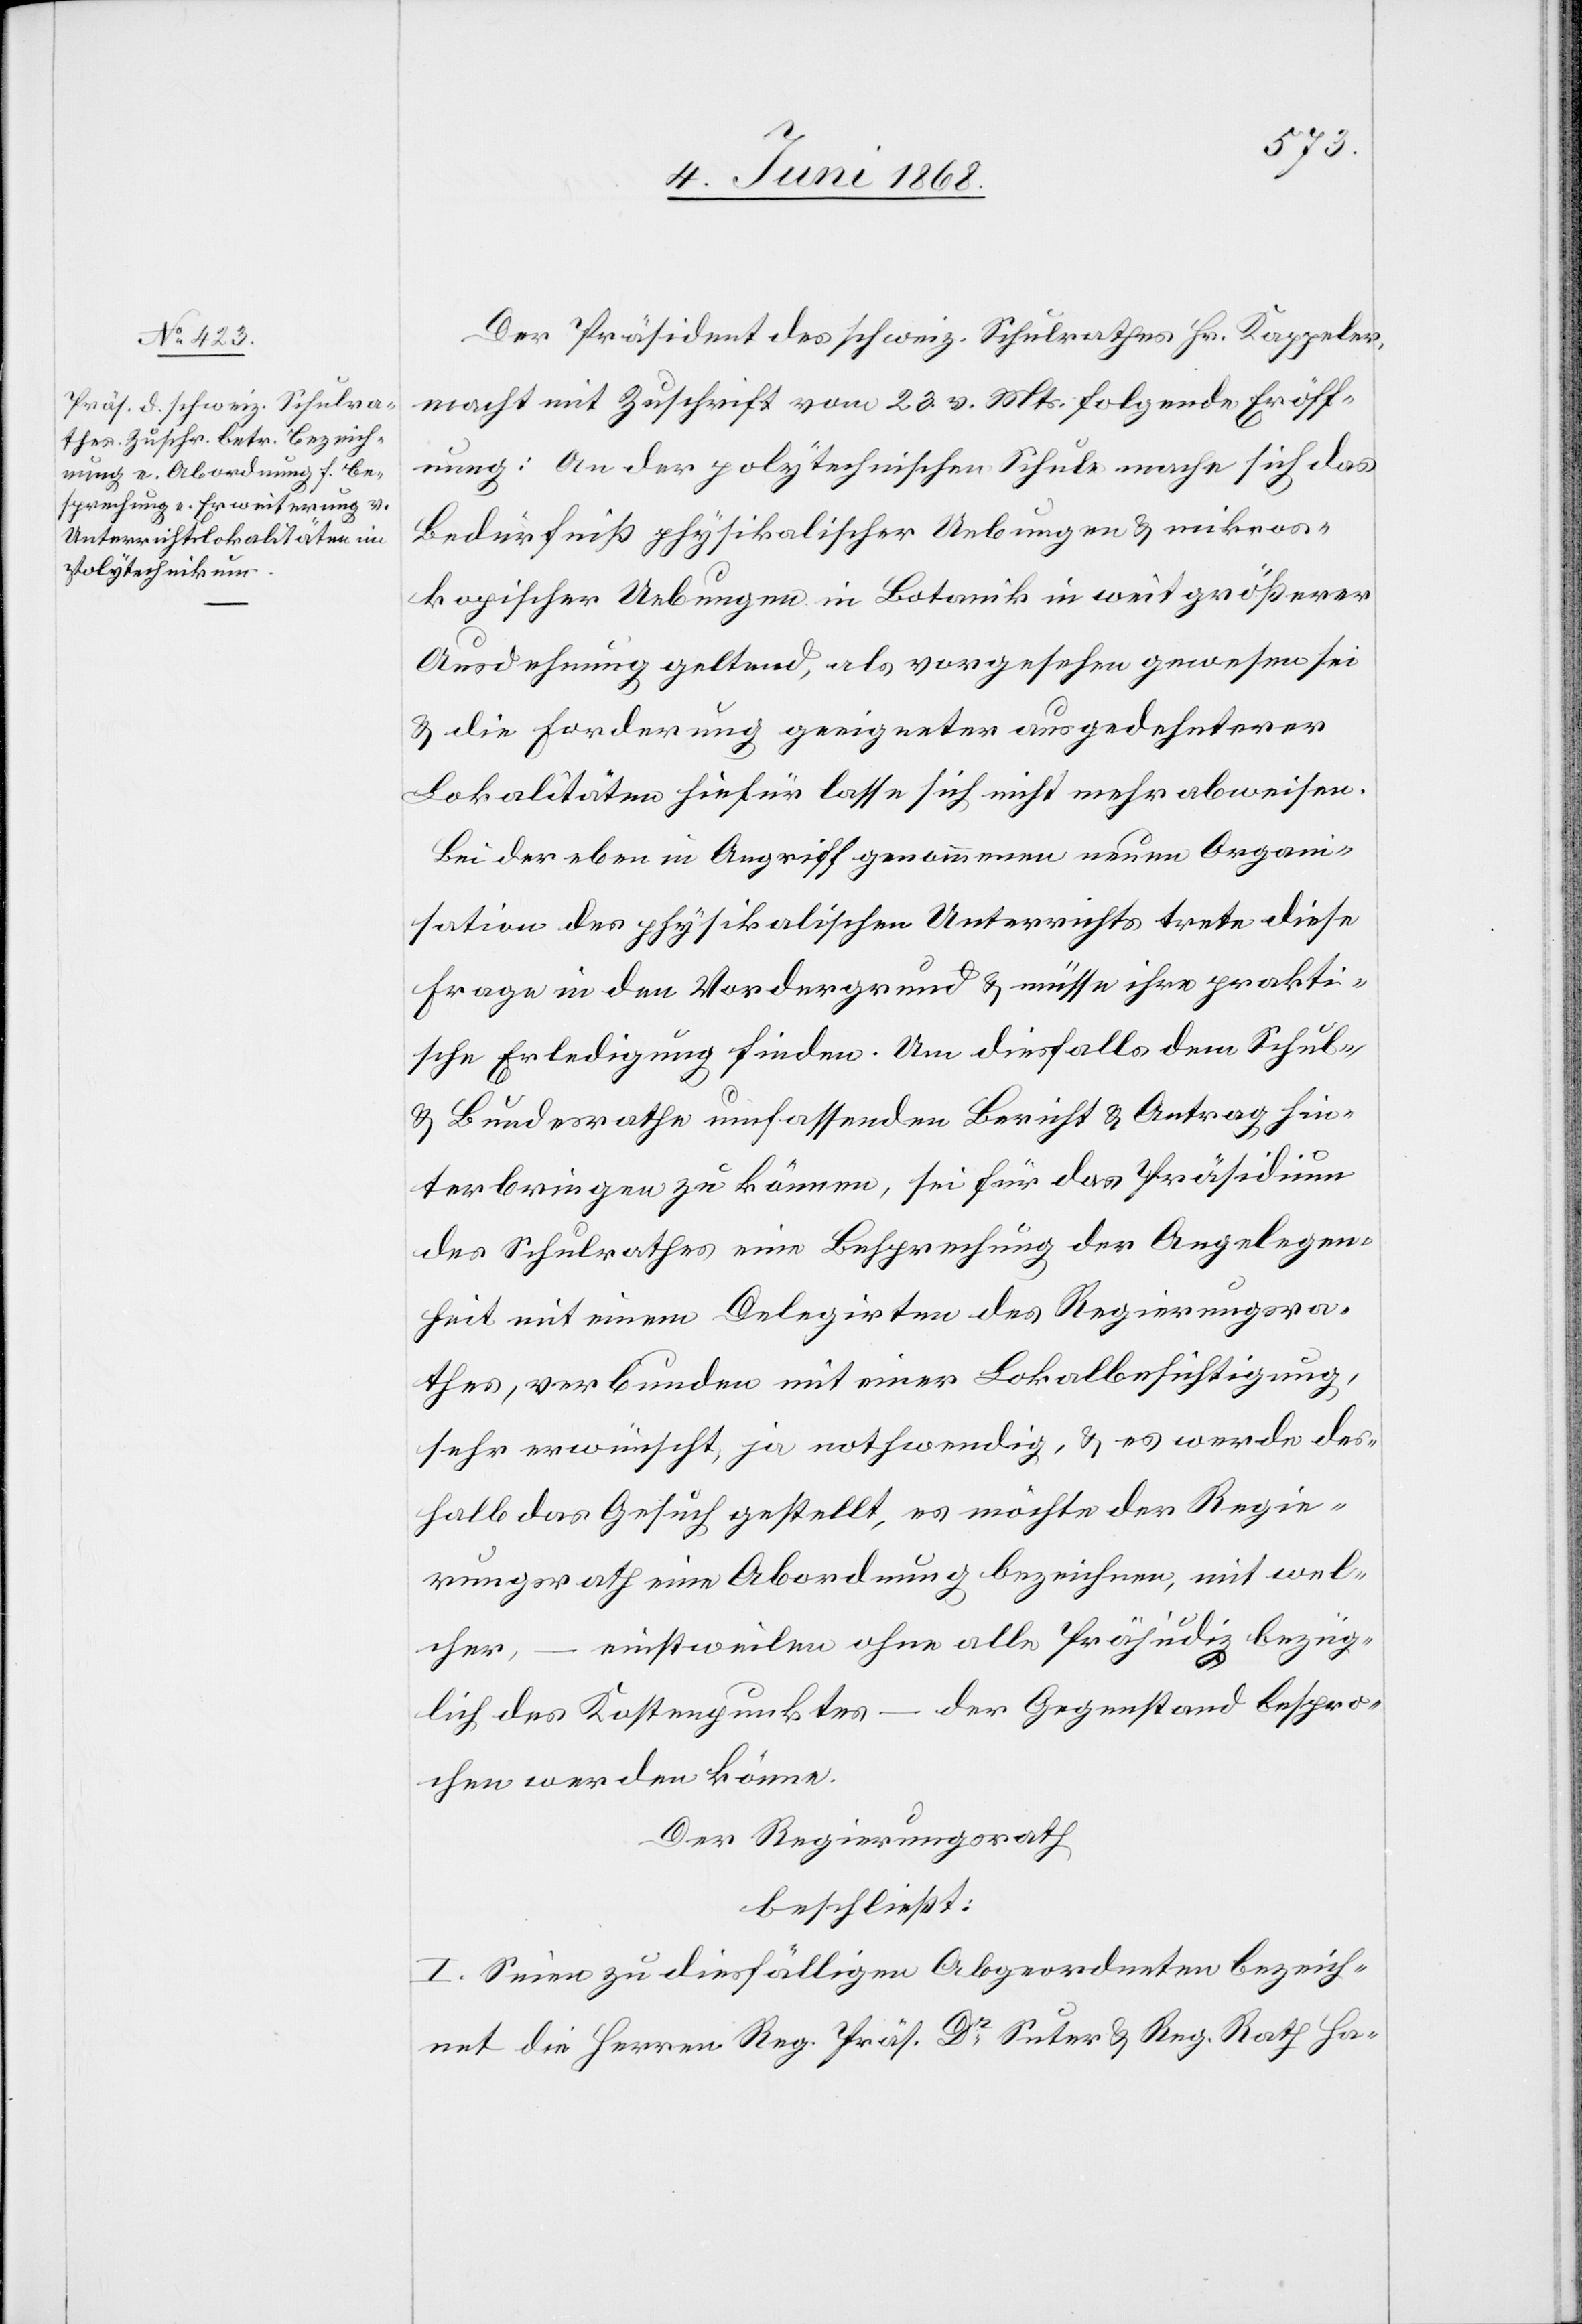
Der Präsident des schweiz. Schulrathes Hr. Kappeler,
macht mit Zuschrift vom 23. v. Mts. folgende Eröff¬
nung: An der polytechnischen Schule mache sich das
Bedürfniß physikalischer Uebungen & mikros¬
kopischer Uebungen in Botanik in weit größerer
Ausdehnung geltend, als vorgesehen gewesen sei
& die Forderung geeigneter ausgedehnterer
Lokalitäten hiefür lasse sich nicht mehr abweisen.
Bei der eben in Angriff genommenen neuen Organ¬
isation des physikalischen Unterrichts trete diese
Frage in den Vordergrund & müsse ihre prakti¬
sche Erledigung finden. Um diesfalls dem Schul-
& Bundesrathe umfassenden Bericht & Antrag hin¬
terbringen zu können, sei für das Präsidium
des Schulrathes eine Besprechung der Angelegen¬
heit mit einem Delegirten des Regierungsra¬
thes, verbunden mit einer Lokalbesichtigung,
sehr erwünscht, ja nothwendig, & es werde des¬
halb das Gesuch gestellt, es möchte der Regie¬
rungsrath eine Abordnung bezeichnen, mit wel¬
cher, – einstweilen ohne alle Präjudiz bezüg¬
lich des Kostenpunktes – der Gegenstand bespro¬
chen werden könne.
Der Regierungsrath
beschließt:
I. Seien zu diesfälligen Abgeordneten bezeich¬
net die Herren Reg. Präs. Dr Suter & Reg. Rath Ha-